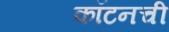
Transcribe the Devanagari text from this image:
कॉटनची